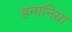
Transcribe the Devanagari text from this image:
हनानिया